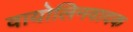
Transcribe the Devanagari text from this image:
वायोलिनवादक